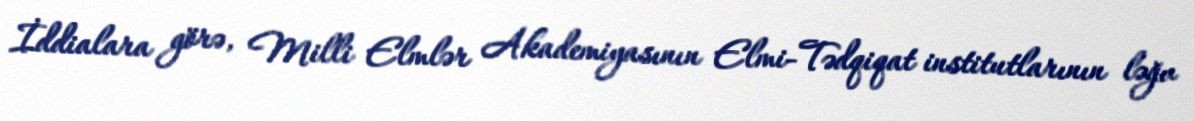
İddialara görə, Milli Elmlər Akademiyasının Elmi-Tədqiqat institutlarının ləğv